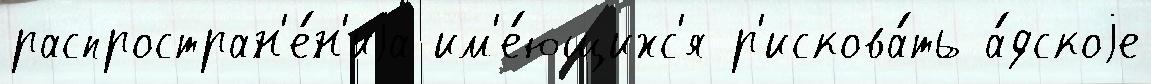
распростран'е́н'иjа им'е́ющихс'я р'искова́ть а́дскоjе